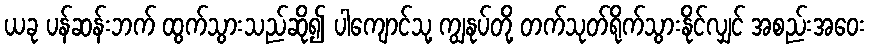
ယခု ပန်ဆန်းဘက် ထွက်သွားသည်ဆို၍ ပါကျောင်သု့ ကျွနုပ်တို့ တက်သုတ်ရိုက်သွားနိုင်လျှင် အစည်းအဝေး